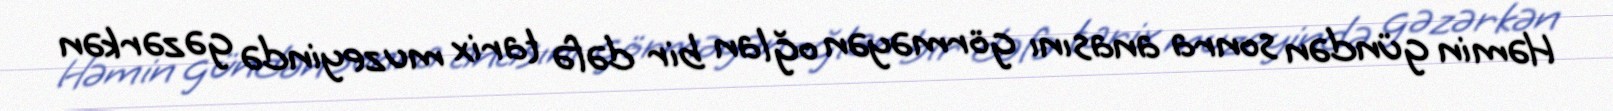
Həmin gündən sonra anasını görməyən oğlan bir dəfə tarix muzeyində gəzərkən